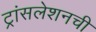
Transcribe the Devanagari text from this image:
ट्रांसलेशनची